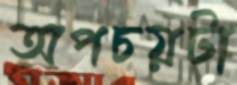
অপচয়টা